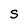
Character: S